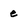
Character: e